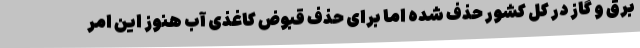
برق و گاز در کل کشور حذف شده اما برای حذف قبوض کاغذی آب هنوز این امر